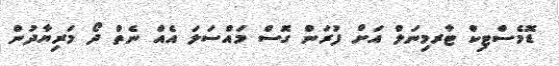
ޑޮމެސްޓިކް ޓާރމިނަލް އަށް ފުރަން ގޮސް މައްސަލަ އެއް ނެތް ދޯ މަރިޔާދުން